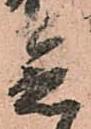
急